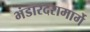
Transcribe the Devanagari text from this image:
भंडारदरामार्गे